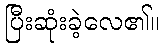
ပြီးဆုံးခဲ့လေ၏။